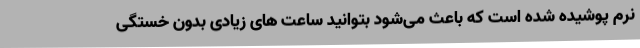
نرم پوشیده شده است که باعث می‌شود بتوانید ساعت های زیادی بدون خستگی